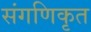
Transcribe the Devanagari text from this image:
संगणिकृत